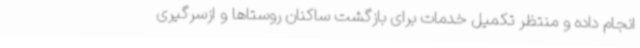
انجام داده و منتظر تکمیل خدمات برای بازگشت ساکنان روستاها و ازسرگیری